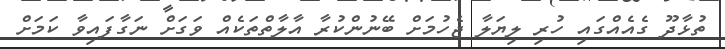
ތުޅާދޫ ގެއެއްގައި ހުރި ލިޔަލާ ޖެހުމަށް ބޭނުންކުރާ އާލާތްތަކެއް ވަގަށް ނަގާފައިވާ ކަމަށް